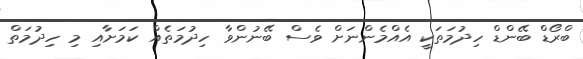
ބްރޯޑް ބޭންޑް ހިދުމަތަކީ އެއްމެންނަށް ވެސް ބޭނުންވާ ހިދުމަތެއް ކަމަށާއި މި ހިދުމަތް